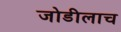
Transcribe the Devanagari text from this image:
जोडीलाच